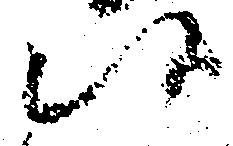
候